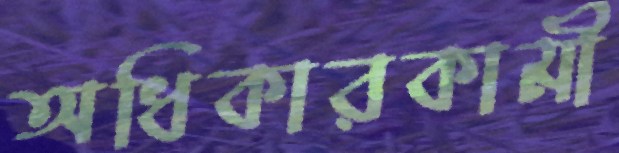
অধিকারকামী